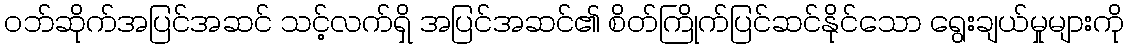
ဝဘ်ဆိုက်အပြင်အဆင် သင့်လက်ရှိ အပြင်အဆင်၏ စိတ်ကြိုက်ပြင်ဆင်နိုင်သော ရွေးချယ်မှုများကို